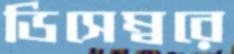
ডিসেম্বরে